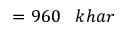
= 9 6 0 \; \; \; k h a r